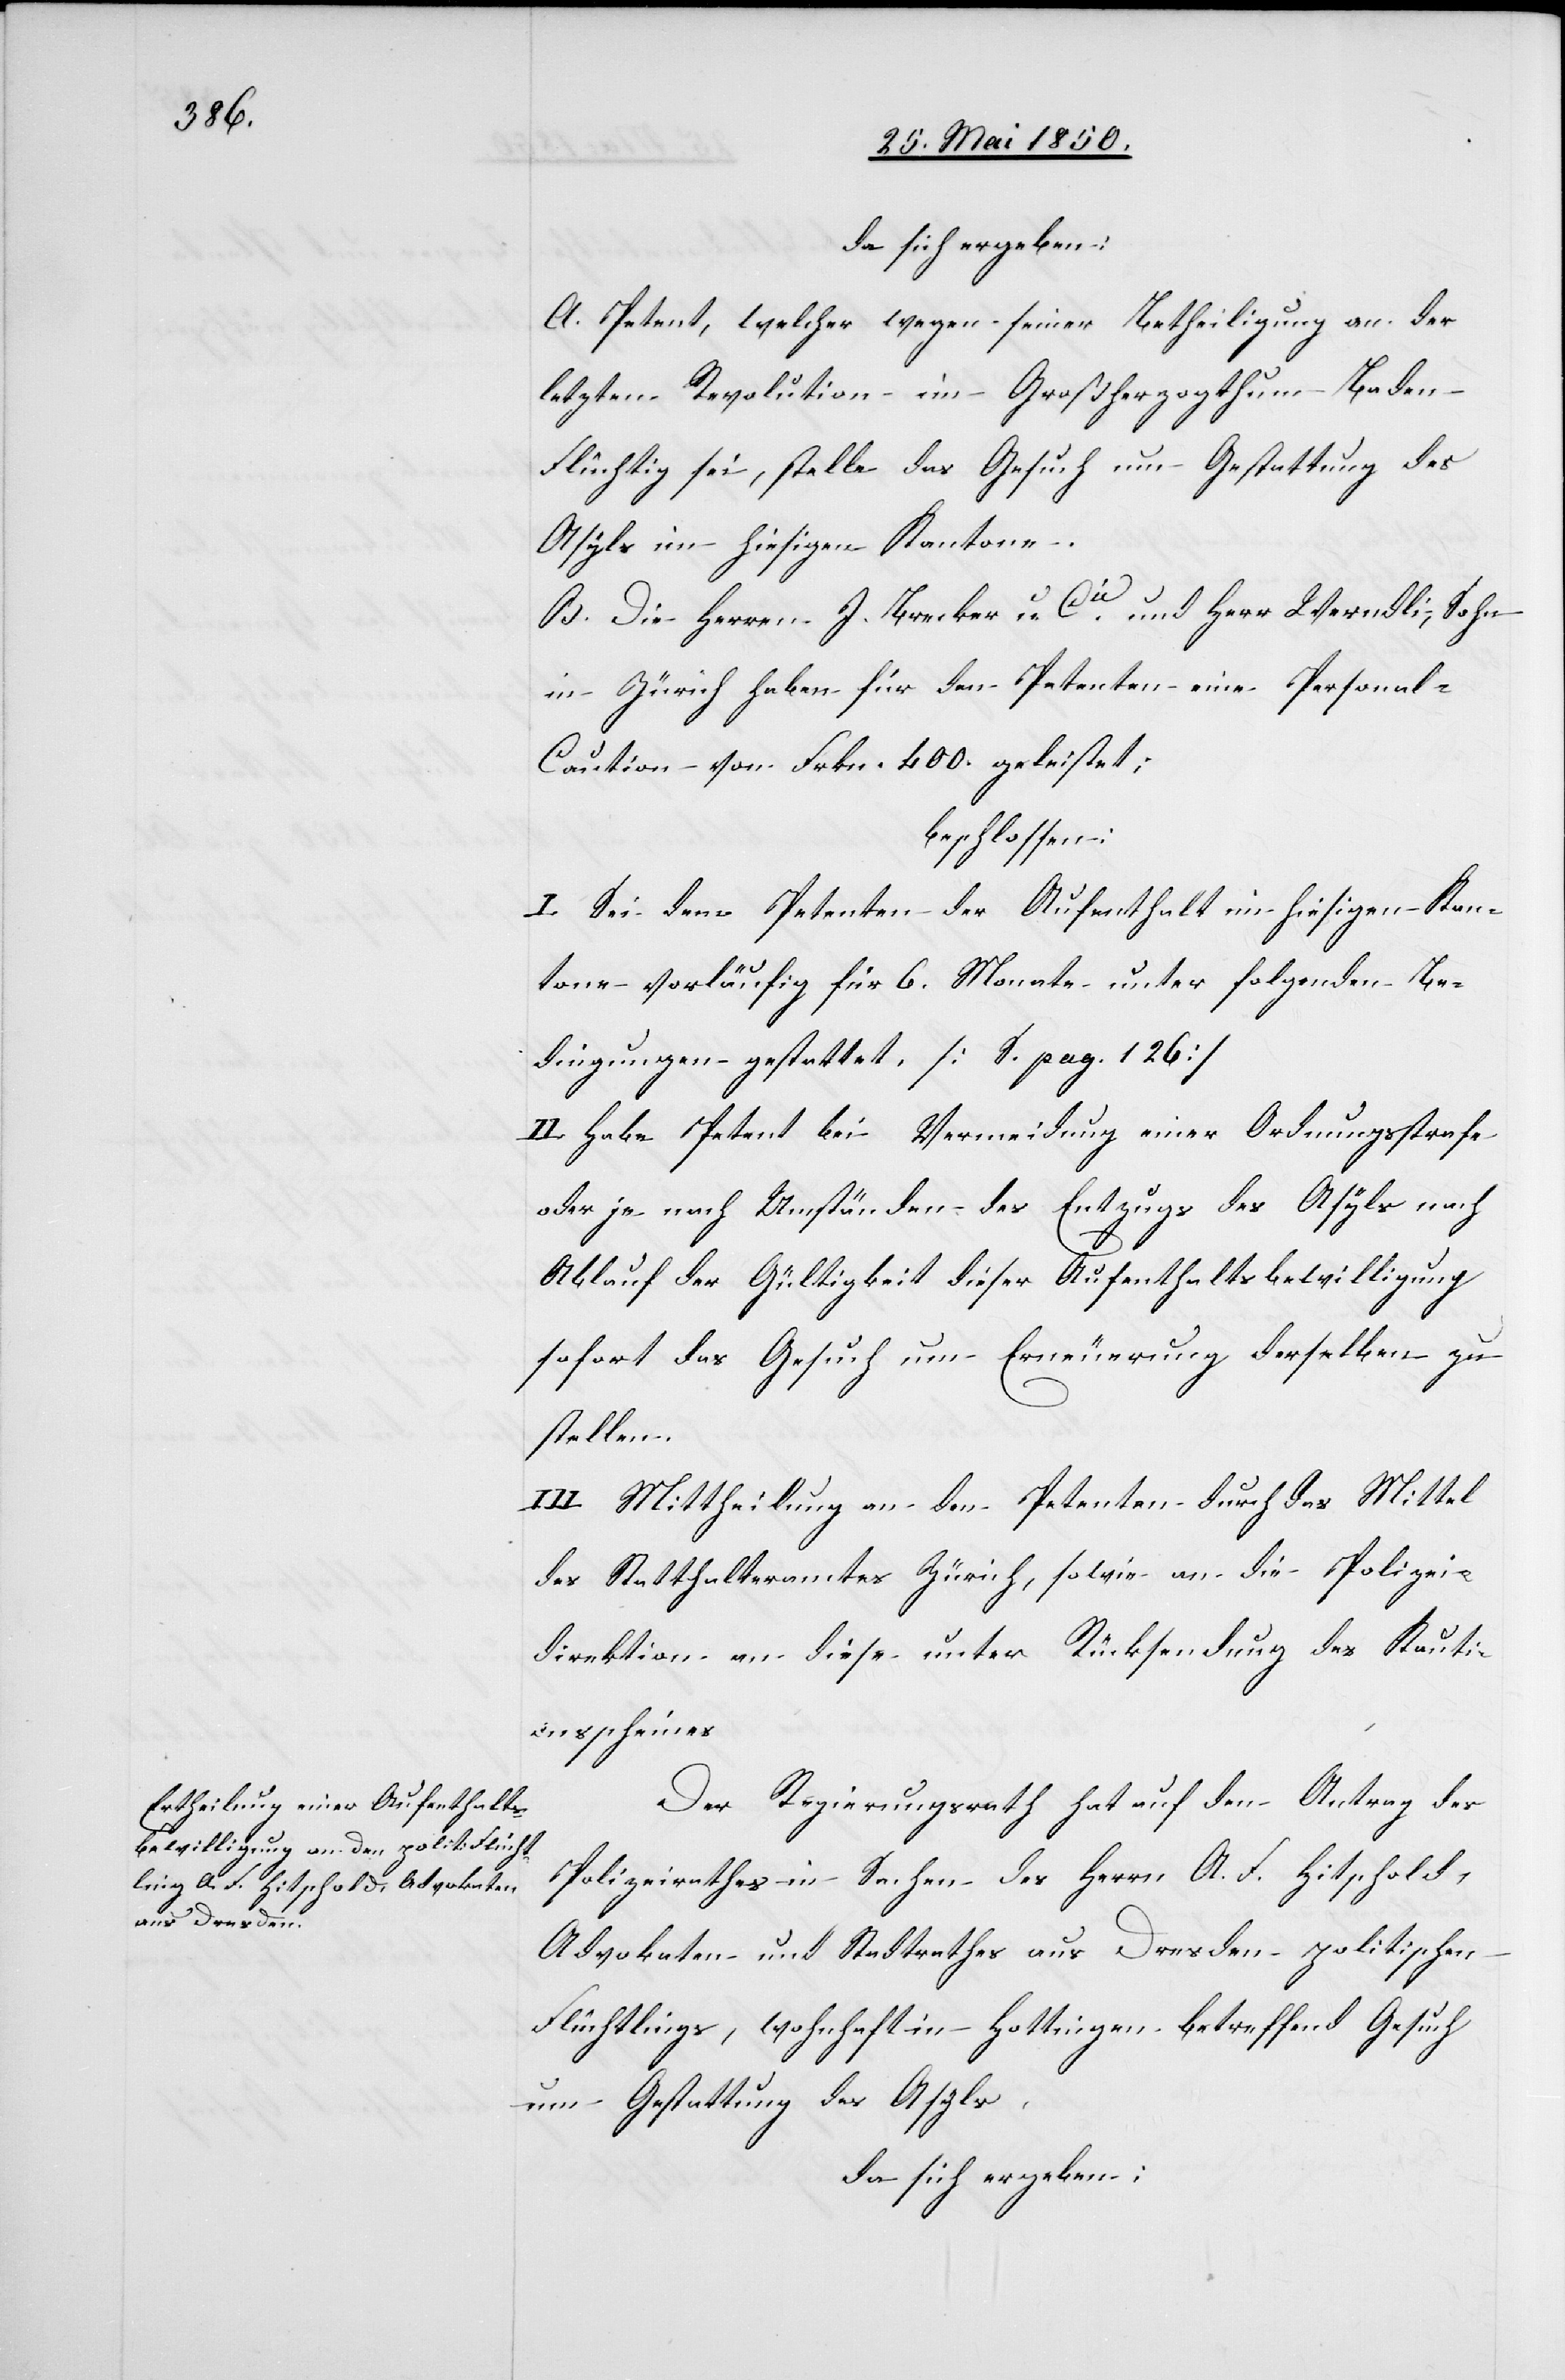
da sich ergeben:
A. Petent, welcher wegen seiner Betheiligung an der
letzten Revolution im Großherzogthum Baden
Flüchtig sei, stelle das Gesuch um Gestattung des
Asyls im hiesigen Kantone.
B. Die Herren J. Brecker u. Cie und Herr Werndli, Sohn
in Zürich haben für den Petenten eine Personal-C¬
aution von Frkn. 400. geleistet:
beschlossen:
I. Sei dem Petenten der Aufenthalt im hiesigen Kan¬
tone vorläufig für 6. Monate unter folgenden Be¬
dingungen gestattet. [S. pag. 126]
II. Habe Petent bei Vermeidung einer Ordnungsstrafe
oder je nach Umständen des Entzugs des Asyls nach
Ablauf der Gültigkeit dieser Aufenthaltsbewilligung
sofort das Gesuch um Erneuerung derselben zu
stellen.
III. Mittheilung an den Petenten durch das Mittel
des Statthalteramtes Zürich, sowie an die Polizei¬
direktion an diese unter Rücksendung des Kauti¬
onsscheines[.]
Der Regierungsrath hat auf den Antrag des
Polizeirathes in Sachen des Herrn A. F. Hitschold,
Advokaten und Stadtrathes aus Dresden politischen
Flüchtlings, wohnhaft in Hottingen betreffend Gesuch
um Gestattung des Asyls,
da sich ergeben: